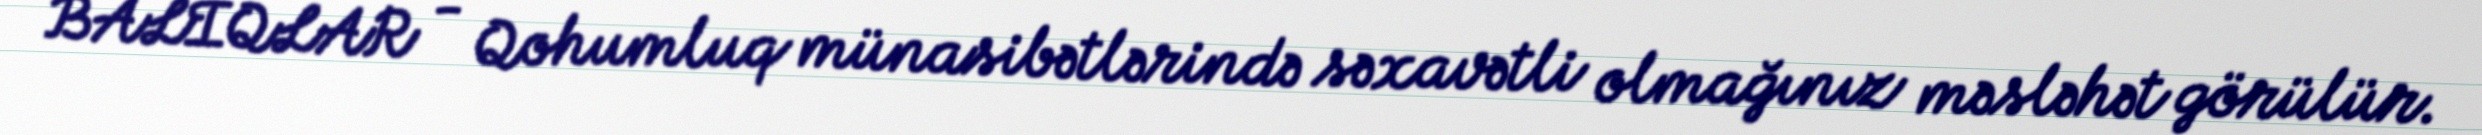
BALIQLAR - Qohumluq münasibətlərində səxavətli olmağınız məsləhət görülür.